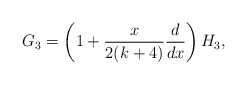
\begin{align*}G_{3}=\left(1+{x\over 2(k+4)}{d\over dx}\right)H_{3},\end{align*}